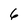
Character: 6